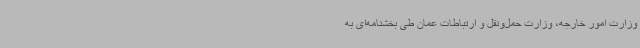
وزارت امور خارجه، وزارت حمل‌ونقل و ارتباطات عمان طی بخشنامه‌ای به